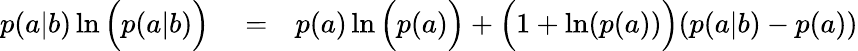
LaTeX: \begin{array}{rlr}{p(a|b)\ln\Big(p(a|b)\Big)}&{{}=}&{p(a)\ln\Big(p(a)\Big)+\Big(1+\ln(p(a))\Big)(p(a|b)-p(a))}\end{array}